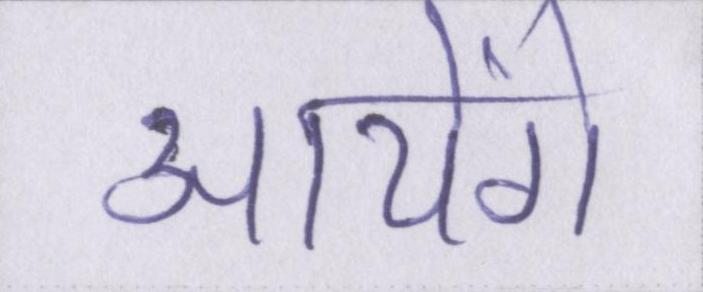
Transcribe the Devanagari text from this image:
आयेंगे